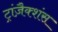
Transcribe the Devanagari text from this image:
ट्रांज़ैक्शंस